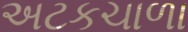
અટકચાળા